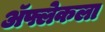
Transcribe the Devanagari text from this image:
ॲफ्लेकला